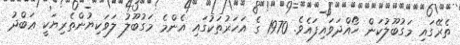
ތެރޭގައި މަގުބޫލުކަން ހޯއްދަވައިފައެވެ. 1970 ގެ އަހަރުތަކުގައި އެންމެ މަގުބޫލު ލަވަކިޔުންތެރިޔަކީ ޢަބްދު